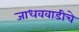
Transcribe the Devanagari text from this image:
जाधववाडीचे